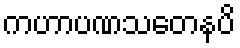
ကဟာပဏသတေနပိ